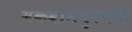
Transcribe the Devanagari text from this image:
मकवानपुरगढी